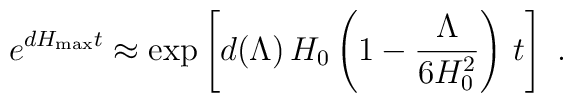
e^{d H_{\rm max}t} \approx  \exp\left[d(\Lambda)\, H_0\left(1 -{\Lambda\over6H_0^2}\right)\,t\right]\ .